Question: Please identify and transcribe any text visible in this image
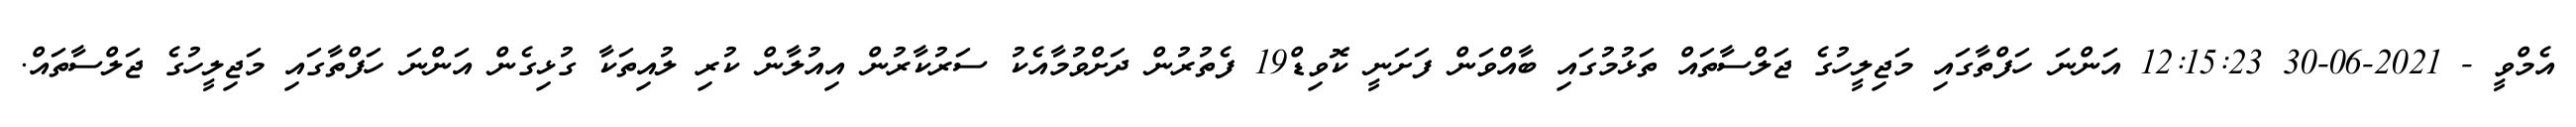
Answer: އެމްވީ - 2021-06-30 12:15:23 އަންނަ ހަފްތާގައި މަޖިލީހުގެ ޖަލްސާތައް ތަޅުމުގައި ބާއްވަން ފަށަނީ ކޮވިޑް19 ފެތުރުން ދަށްވުމާއެކު ސަރުކާރުން އިއުލާން ކުރި ލުއިތަކާ ގުޅިގެން އަންނަ ހަފްތާގައި މަޖިލީހުގެ ޖަލްސާތައް.